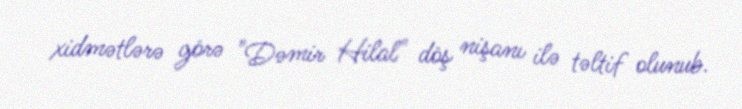
xidmətlərə görə "Dəmir Hilal" döş nişanı ilə təltif olunub.